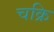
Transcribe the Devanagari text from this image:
चक्रि